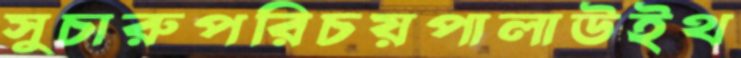
সুচারুপরিচয়পালাউইথ